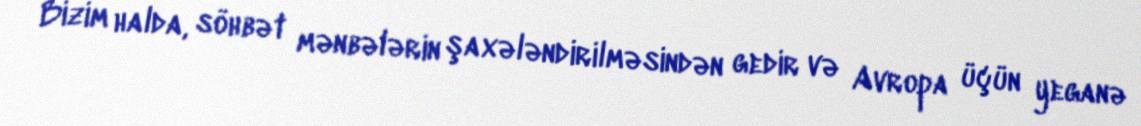
Bizim halda, söhbət mənbələrin şaxələndirilməsindən gedir və Avropa üçün yeganə